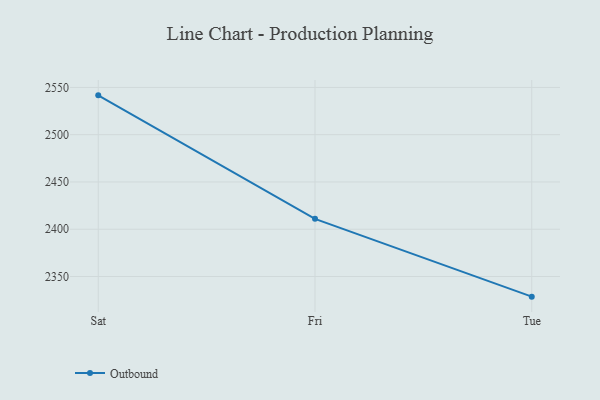
{"axis": {"x": "Day", "y": "Backlog"}, "legend": ["Outbound"], "data": [{"x": "Sat", "y": 2541.6, "type": "Outbound"}, {"x": "Fri", "y": 2411.0, "type": "Outbound"}, {"x": "Tue", "y": 2328.7, "type": "Outbound"}]}